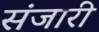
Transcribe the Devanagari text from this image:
संजारी